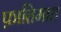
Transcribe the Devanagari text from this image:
फ़ातिमाह